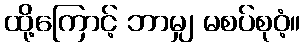
ထို့ကြောင့် ဘာမျှ မစပ်စုဝံ့။